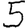
Digit: 5